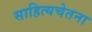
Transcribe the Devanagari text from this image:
साहित्यचेतना